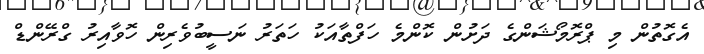
އެގޮތުން މި ޕްރޮމޯޝަންގެ ދަށުން ކޮންމެ ހަފްތާއަކު ހަތަރު ނަސީބުވެރިން ހޮވާއިރު ގްރޭންޑް